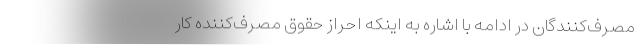
مصرف‌کنندگان در ادامه با اشاره به اینکه احراز حقوق مصرف‌کننده کار